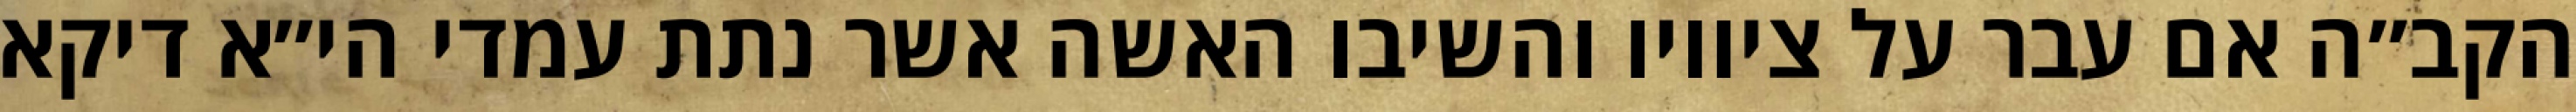
הקב״ה אם עבר על ציוויו והשיבו האשה אשר נתת עמדי הי״א דיקא